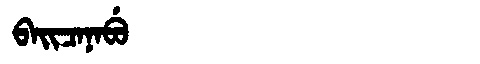
Manchu: ᠪᠠᡳᠴᠠᠨᠠᠪᡠ
Romanization: BAICANABU